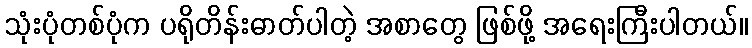
သုံးပုံတစ်ပုံက ပရိုတိန်းဓာတ်ပါတဲ့ အစာတွေ ဖြစ်ဖို့ အရေးကြီးပါတယ်။